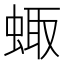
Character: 𧌗